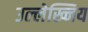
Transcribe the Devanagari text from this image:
उल्लेख्निय